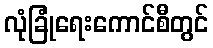
လုံခြုံရေးကောင်စီတွင်